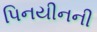
પિનયીનની